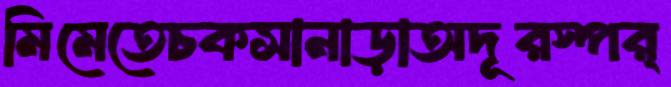
মিমেতেচকসানাড়াঅদূরস্পর্